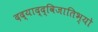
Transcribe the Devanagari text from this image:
दद्याद्द्विजातिभ्यो